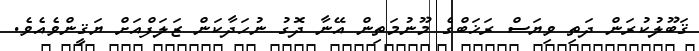
ޤަބޫލުކުރަން ދަތި ވިޔަސް ރަޚަބްގެ މޫނުމަތިން އޭނާ ދޮގު ނުހަދާކަން ޒަލަފްއަށް ޔަޤީންވެއެވެ.